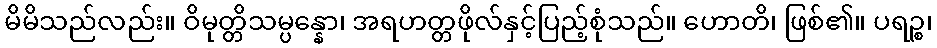
မိမိသည်လည်း။ ဝိမုတ္တိသမ္ပန္နော၊ အရဟတ္တဖိုလ်နှင့်ပြည့်စုံသည်။ ဟောတိ၊ ဖြစ်၏။ ပရဉ္စ၊